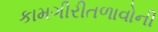
કામગીરીતળાવોની